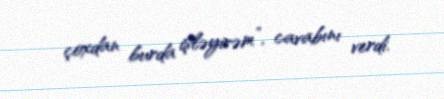
çoxdan burda işləyirəm”, cavabını verdi.